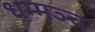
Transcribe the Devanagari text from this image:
धम्मञ्च